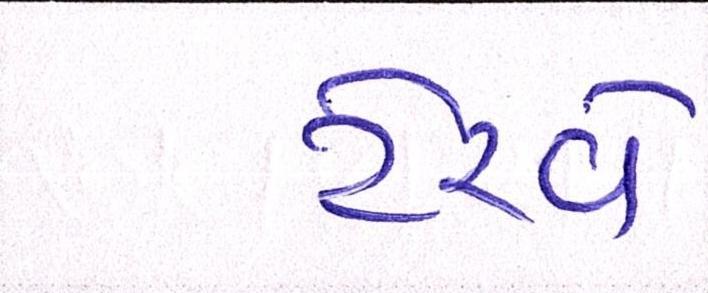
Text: ટેરવે